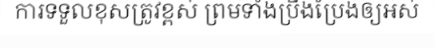
ការទទួលខុសត្រូវខ្ពស់ ព្រមទាំងប្រឹងប្រែងឲ្យអស់